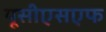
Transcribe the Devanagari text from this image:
यूसीएसएफ